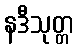
နဒီသုတ္တ